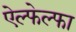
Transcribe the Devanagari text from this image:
ऐल्फेल्फा